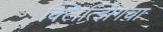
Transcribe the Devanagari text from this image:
क्लित्झिंगचा